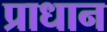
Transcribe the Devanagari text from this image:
प्राधान